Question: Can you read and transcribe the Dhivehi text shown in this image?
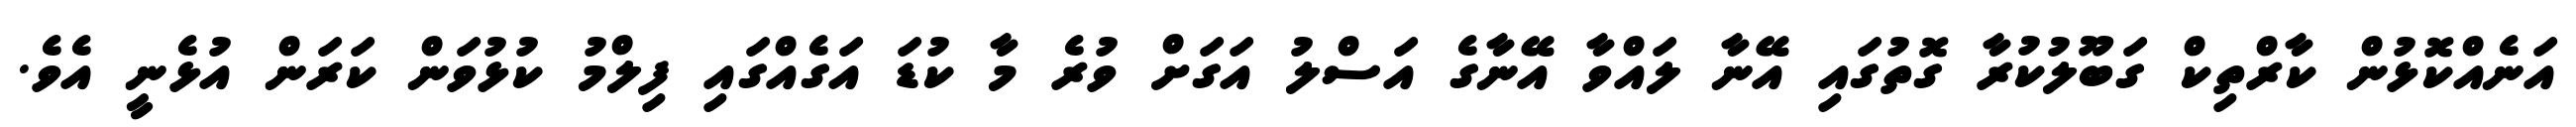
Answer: އަނެއްކޮޅުން ކާރްތިކް ގަބޫލުކުރާ ގޮތުގައި އޭނާ ލައްވާ އޭނާގެ އަސްލު އަގަށް ވުރެ މާ ކުޑަ އަގެއްގައި ފިލްމު ކުޅުވަން ކަރަން އުޅެނީ އެވެ.